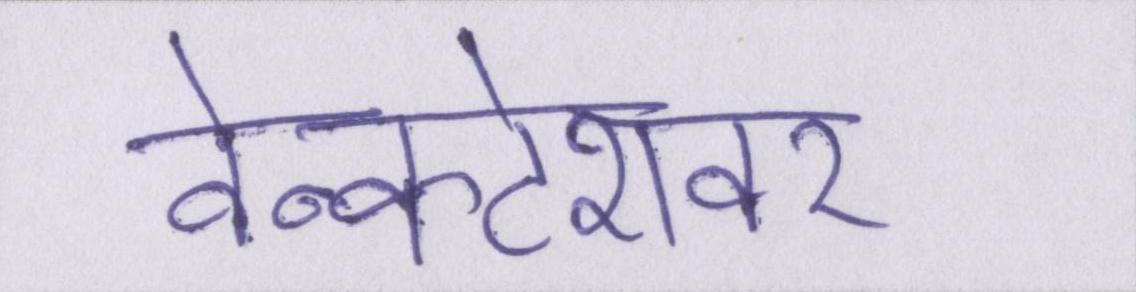
वेन्कटेशवर